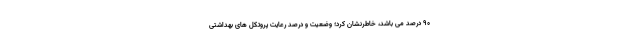
۹۰ درصد می باشد، خاطرنشان کرد؛ وضعیت و درصد رعایت پروتکل های بهداشتی